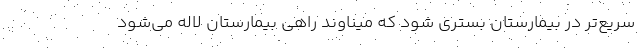
سریع‌تر در بیمارستان بستری شود که میناوند راهی بیمارستان لاله می‌شود